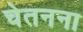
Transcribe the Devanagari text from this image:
चेतनना